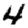
Digit: 4